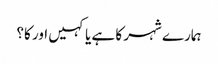
ہمارے شہر کا ہے یا کہیں اور کا؟